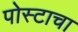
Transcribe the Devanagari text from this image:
पोस्टाचा